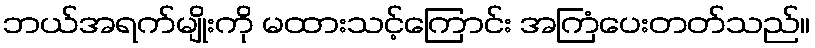
ဘယ်အရက်မျိုးကို မထားသင့်ကြောင်း အကြံပေးတတ်သည်။